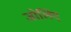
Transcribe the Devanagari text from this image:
जोलिए